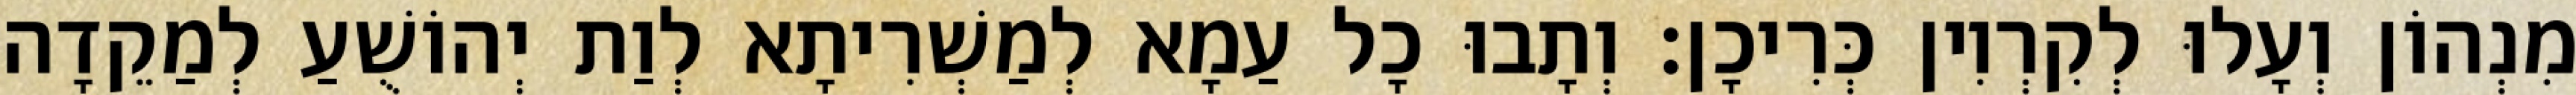
מִנְהוֹן וְעָלוּ לְקִרְוִין כְּרִיכָן׃ וְתָבוּ כָל עַמָא לְמַשְׁרִיתָא לְוַת יְהוֹשֻׁעַ לְמַקֵדָה